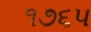
૧૭૬૫